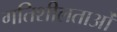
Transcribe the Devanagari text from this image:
गतिशीलताओं